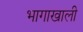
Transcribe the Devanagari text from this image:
भागाखाली